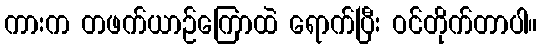
ကားက တဖက်ယာဉ်ကြောထဲ ရောက်ပြီး ဝင်တိုက်တာပါ။